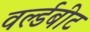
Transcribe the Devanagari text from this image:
वर्ल्डबीट